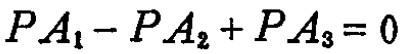
\(PA_1 - PA_2 + PA_3 = 0\)